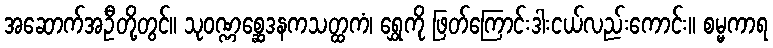
အဆောက်အဦတို့တွင်။ သုဝဏ္ဏစ္ဆေဒနကသတ္ထကံ၊ ရွှေကို ဖြတ်ကြောင်းဒါးငယ်လည်းကောင်း။ စမ္မကာရ